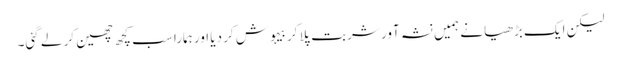
لیکن ایک بڑھیا نے ہمیں نشہ آور شربت پلا کر بیہوش کر دیا اور ہمارا سب کچھ چھین کر لے گئی۔